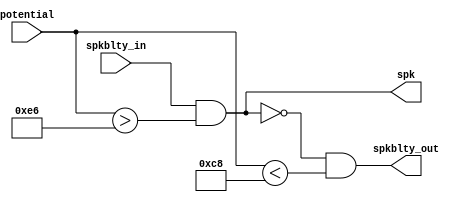
`default_nettype none
`timescale 1ns/1ns

// there is no need for this module
// yikes!
//
// Turns out we do need it!

`define THRESH_LOW      8'd200
`define THRESH_HIGH     8'd230

module schmitt_trigger (
    input wire [7:0] potential,
    output wire spk,
    output wire spkblty_out,
    input wire spkblty_in
    );

    assign spk = spkblty_in & (potential > `THRESH_HIGH);
    assign spkblty_out = !spk & (potential < `THRESH_LOW);

    `ifdef COCOTB_SIM 
    initial begin
    $dumpfile ("schmitt_trigger.vcd");
    $dumpvars (0, schmitt_trigger);
    #1;
    end
    `endif

endmodule